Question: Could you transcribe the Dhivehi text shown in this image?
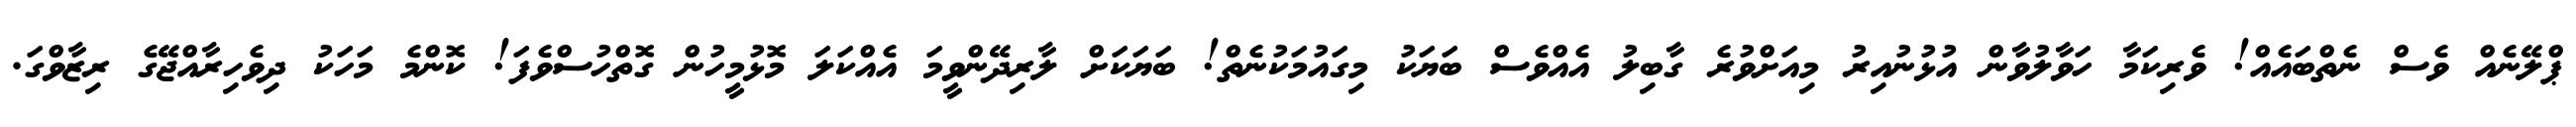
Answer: ޕްލޭނެއް ވެސް ނެތްބައެއް! ވެރިކަމާ ހަވާލުވާން އުޅުނުއިރު މިއަށްވުރެ ގާބިލު އެއްވެސް ބަޔަކު މިގައުމަކުނެތް! ބަޔަކަށް ލާރިދޭންވީމަ އެއްކަލަ މޮޅުމީހުން ގޮތްހުސްވެފަ! ކޮންމެ މަހަކު ދިވެހިރާއްޖޭގެ ރިޒާވްގަ.